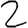
Digit: 2